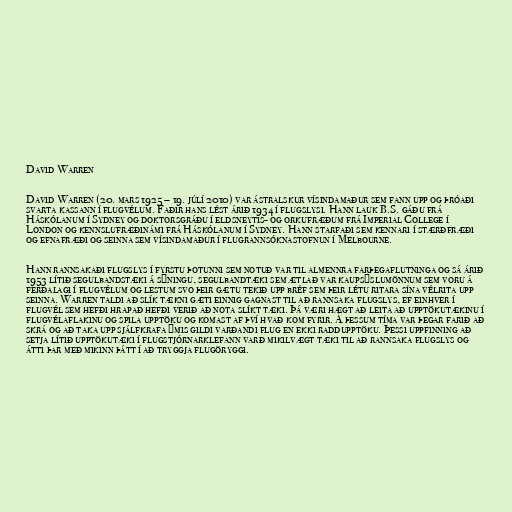
David Warren

David Warren (20. mars 1925 – 19. júlí 2010) var ástralskur vísindamaður sem fann upp og þróaði
svarta kassann í flugvélum. Faðir hans lést árið 1934 í flugslysi. Hann lauk B.S. gáðu frá
Háskólanum í Sydney og doktorsgráðu í eldsneytis- og orkufræðum frá Imperial College í
London og kennslufræðinámi frá Háskólanum í Sydney. Hann starfaði sem kennari í stærðfræði
og efnafræði og seinna sem vísindamaður í flugrannsóknastofnun í Melbourne.

Hann rannsakaði flugslys í fyrstu þotunni sem notuð var til almennra farþegaflutninga og sá árið
1953 lítið segulbandstæki á sýningu, segulbandtæki sem ætlað var kaupsýslumönnum sem voru á
ferðalagi í flugvélum og lestum svo þeir gætu tekið upp bréf sem þeir létu ritara sína vélrita upp
seinna. Warren taldi að slík tækni gæti einnig gagnast til að rannsaka flugslys, ef einhver í
flugvél sem hefði hrapað hefði verið að nota slíkt tæki. Þá væri hægt að leita að upptökutækinu í
flugvélaflakinu og spila upptöku og komast af því hvað kom fyrir. Á þessum tíma var þegar farið að
skrá og að taka upp sjálfkrafa ýmis gildi varðandi flug en ekki raddupptöku. Þessi uppfinning að
setja lítið upptökutæki í flugstjórnarklefann varð mikilvægt tæki til að rannsaka flugslys og
átti þar með mikinn þátt í að tryggja flugöryggi.